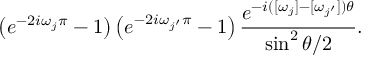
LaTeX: \left( e ^ { - 2 i \omega _ { j } \pi } - 1 \right) \left( e ^ { - 2 i \omega _ { j ^ { \prime } } \pi } - 1 \right) \frac { e ^ { - i ( [ \omega _ { j } ] - [ \omega _ { j ^ { \prime } } ] ) \theta } } { \sin ^ { 2 } \theta / 2 } .